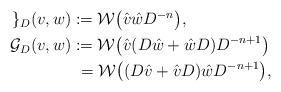
LaTeX: \begin{align*}\begin{aligned}\mathcal{g}_{D}(v,w) &:= \mathcal{W}\bigl( \hat v \hat w D^{-n}\bigr),\\\mathcal{G}_{D}(v,w) &:= \mathcal{W}\bigl( \hat v (D\hat w+\hat wD )D^{-n+1} \bigr)\\&\,\,=\mathcal{W}\bigl( (D\hat v+\hat vD ) \hat wD^{-n+1} \bigr),\end{aligned}\end{align*}